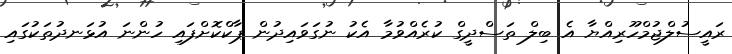
ރައީސުލްޖުމްހޫރިއްޔާ އެ ބިލް ތަސްދީގް ކުރެއްވުމާ އެކު ނުގަވައިދުން ޕާކްކޮށްފައި ހުންނަ އުޅަނދުތަކުގައި